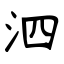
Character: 泗